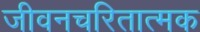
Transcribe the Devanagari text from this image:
जीवनचरितात्मक